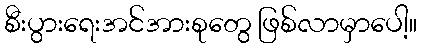
စီးပွားရေးအင်အားစုတွေ ဖြစ်လာမှာပေါ့။